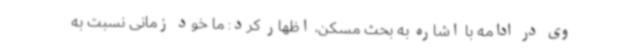
وی در ادامه با اشاره به بحث مسکن، اظهار کرد: ما خود زمانی نسبت به